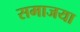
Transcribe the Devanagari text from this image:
समाजया